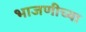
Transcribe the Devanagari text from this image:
भाजणीच्या